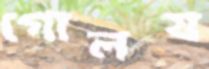
গোলয